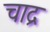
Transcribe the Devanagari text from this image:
चाद्र